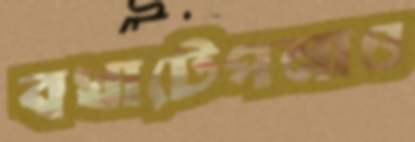
বখাটেপনাও